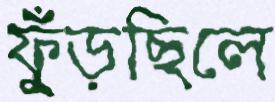
ফুঁড়ছিলে